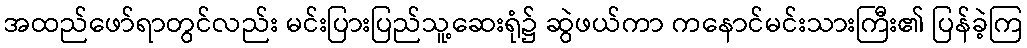
အထည်ဖော်ရာတွင်လည်း မင်းပြားပြည်သူ့ဆေးရုံ၌ ဆွဲဖယ်ကာ ကနောင်မင်းသားကြီး၏ ပြန်ခဲ့ကြ